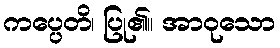
ကပ္ပေတိ၊ ပြု၏။ အာဝုသော